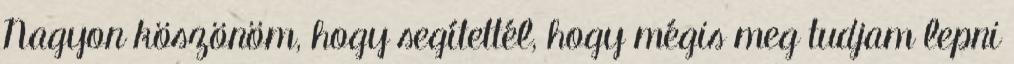
Nagyon köszönöm, hogy segítettél, hogy mégis meg tudjam lepni